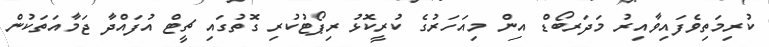
ކުރިމަތިވެފައިވާއިރު މަދަރބޯޑް އިން މިއަހަރުގެ ކުރީކޮޅު ރިޕޯޓުކުރި ގޮތުގައި ޗީޓް އުފައްދާ ޖަމާއަތަކުން